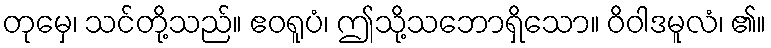
တုမှေ၊ သင်တို့သည်။ ဧဝရူပံ၊ ဤသို့သဘောရှိသော။ ဝိဝါဒမူလံ၊ ၏။